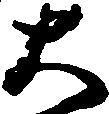
大